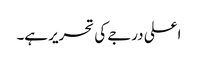
اعلی درجے کی تحریر ہے۔